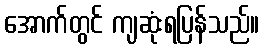
အောက်တွင် ကျဆုံးရပြန်သည်။